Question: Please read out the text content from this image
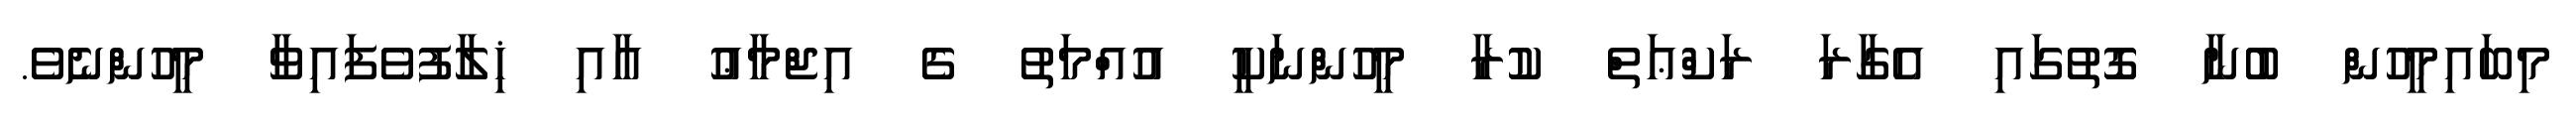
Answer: މިބައިމީހުން ބުނާ ގޮތުގައި އެގާރަ ރަކްޢަތް ކުރާ މީހުންނަކީ އުއްމަތު ގެ އިޖްމާޢު އާއި ޚިލާފުވެފައިވާ މީހުންނެވެ.